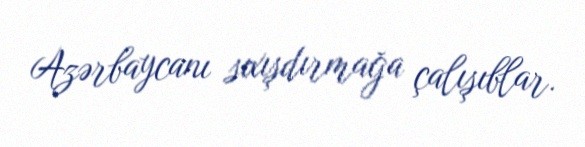
Azərbaycanı sıxışdırmağa çalışıblar.